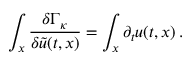
\int _ { x } \frac { \delta \Gamma _ { \kappa } } { \delta \tilde { u } ( t , x ) } = \int _ { x } \partial _ { t } u ( t , x ) \, .